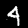
Label: 4